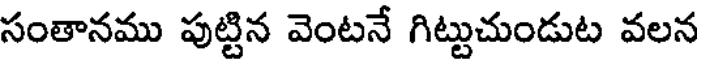
సంతానము పుట్టిన వెంటనే గిట్టుచుండుట వలన